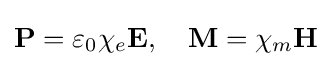
\mathbf {P} =\varepsilon _{0}\chi _{e}\mathbf {E} ,\quad \mathbf {M} =\chi _{m}\mathbf {H}